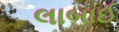
લાબાઈ